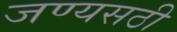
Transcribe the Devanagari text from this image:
जण्यसठी